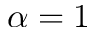
\alpha = 1